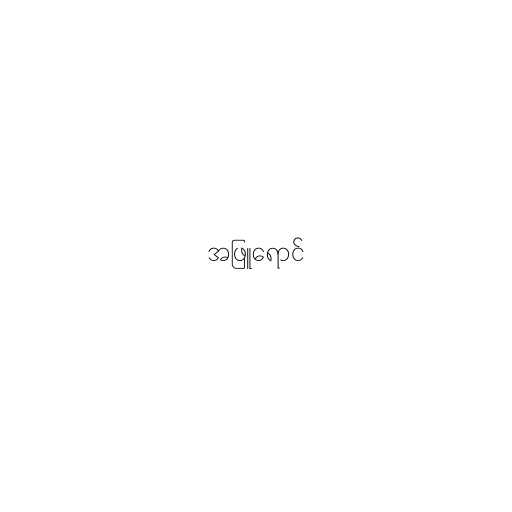
အဖြူရောင်